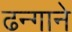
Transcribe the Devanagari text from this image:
ढन्गाने